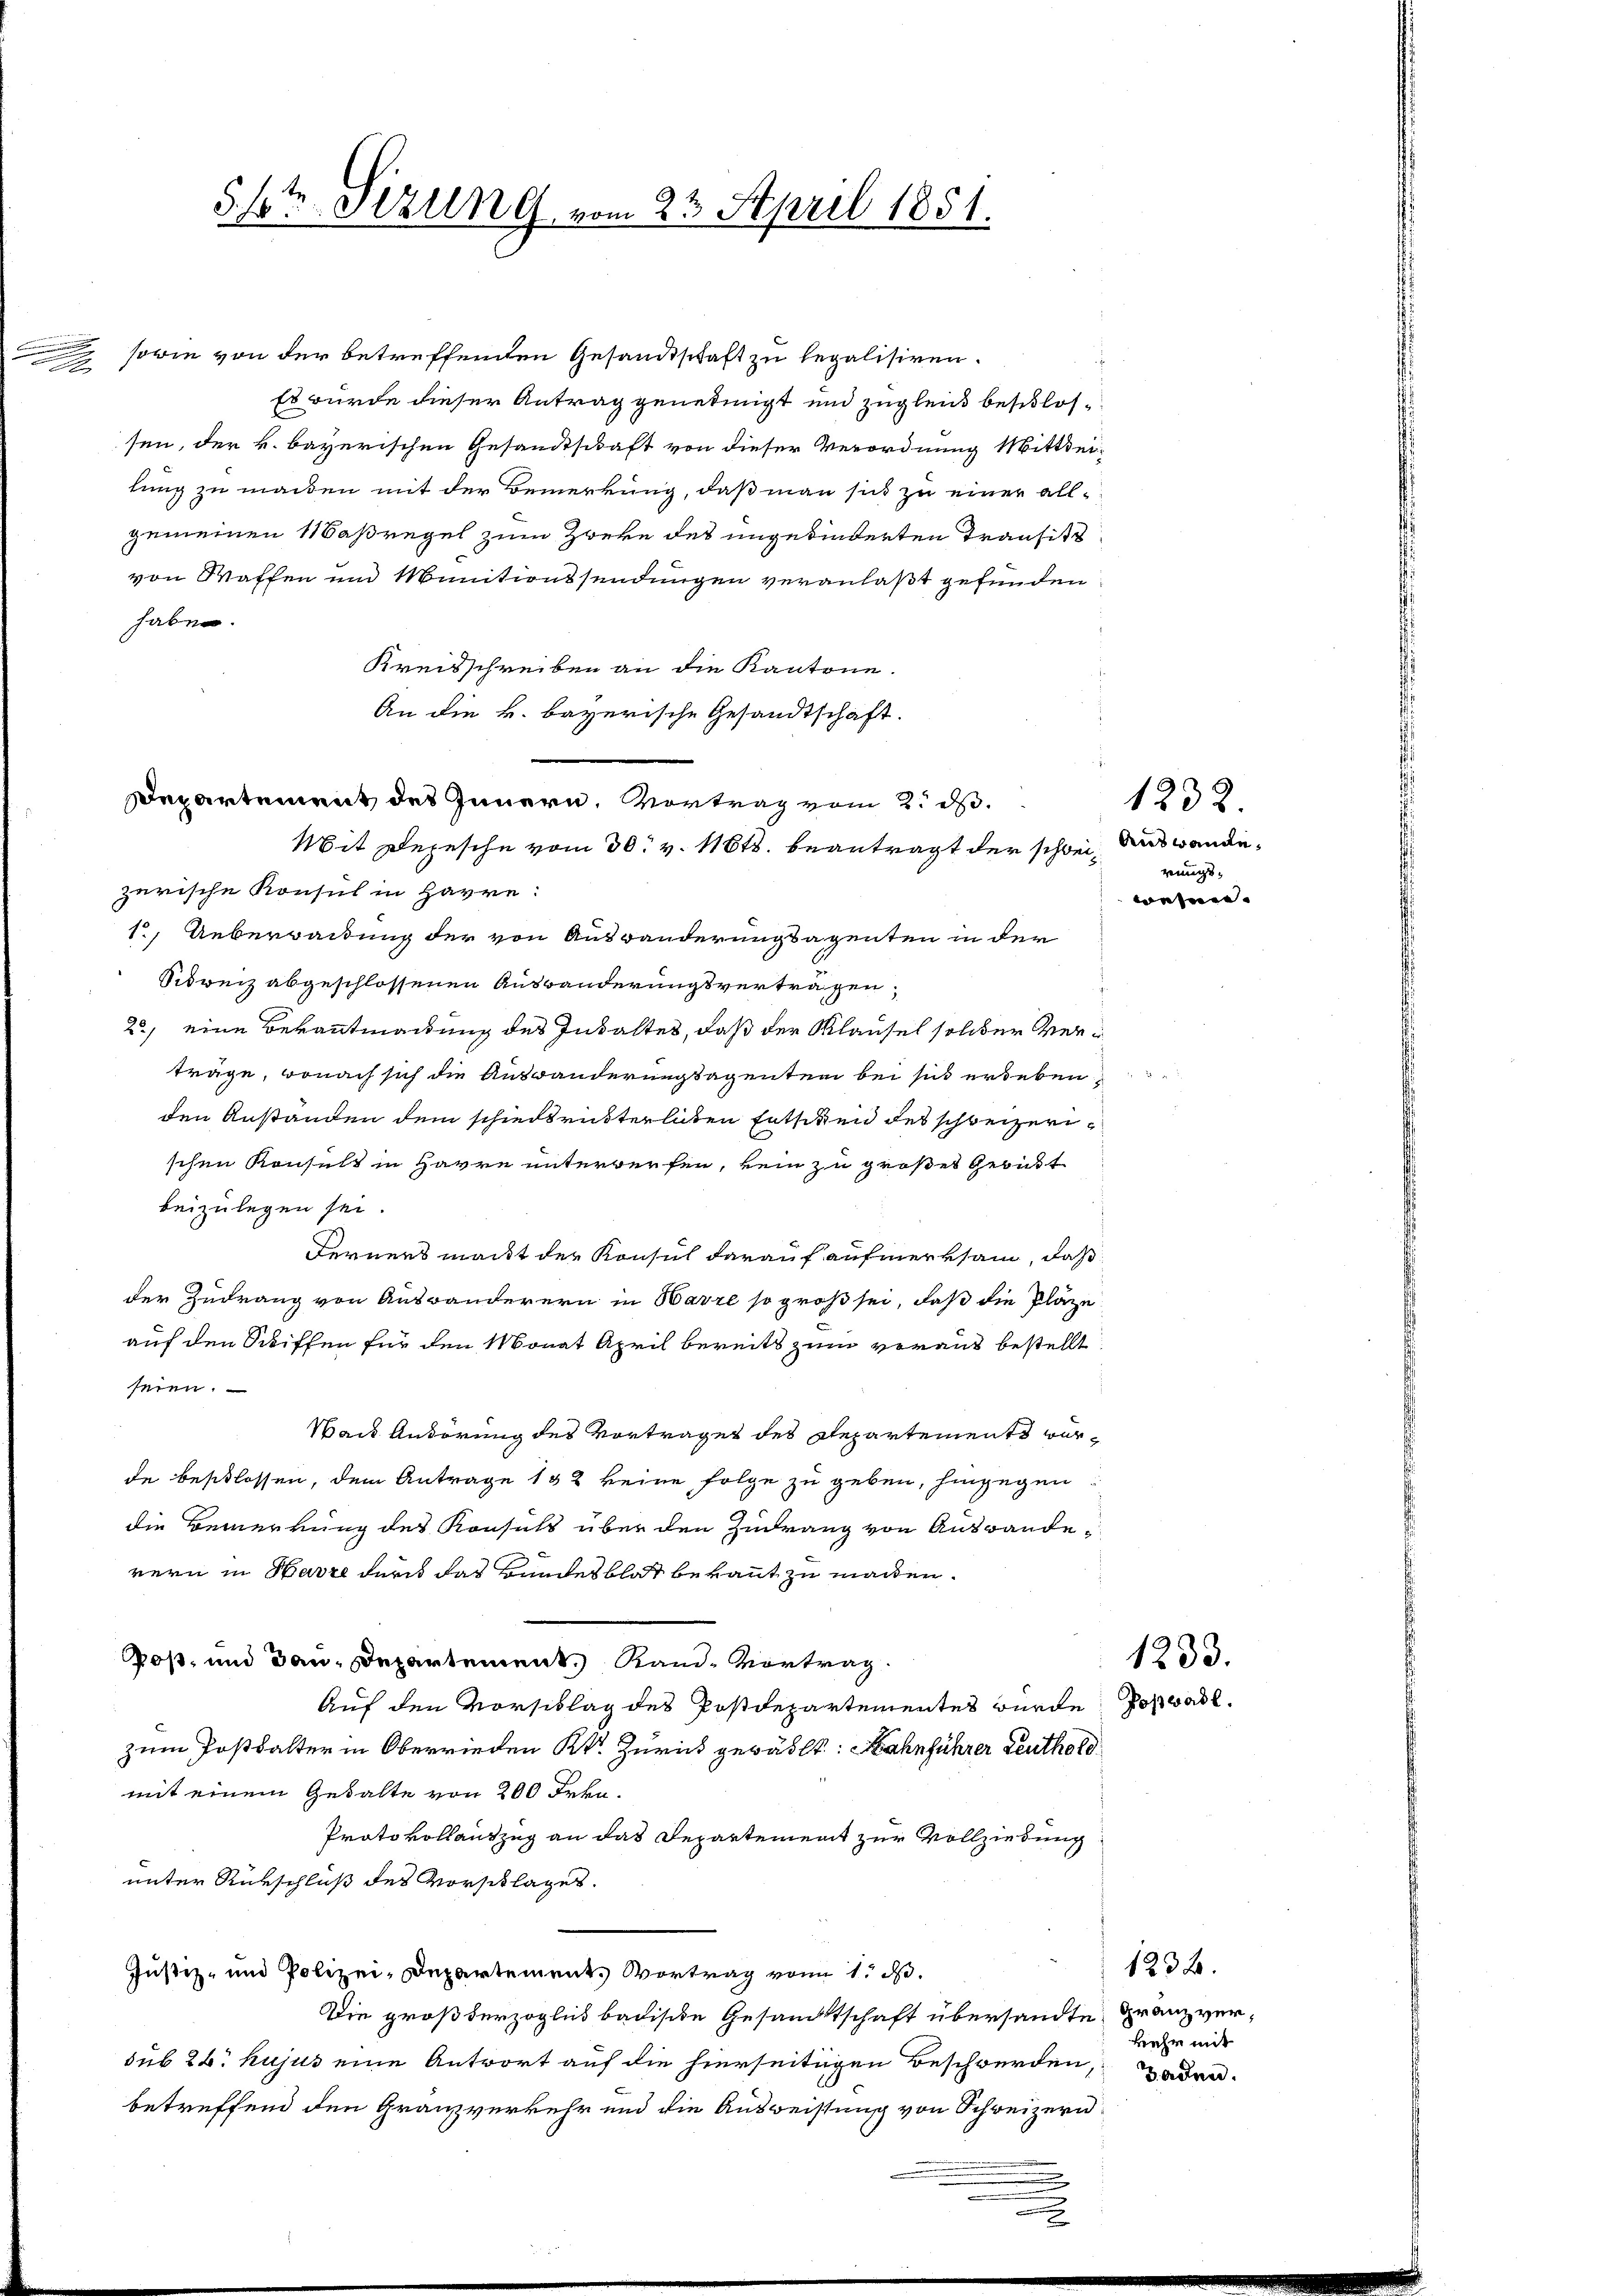
.
x

5./t Sizung vom 23. April 1851.

sowie von der betreffenden Gesandtschaft zu legalisiren.
Es wurde dieser Antrag genehmigt und zugleich beschlossen, der k. bayerischen Gesandtschaft von dieser Verordnung Mitthei-
lung zu machen mit der Bemerkung, daß man sich zu einer allgemeinen Maßregel zum Zweke des ungehinderten Transitt
von Waffen und Munitionssendungen veranlaßt gefunden
haben.
Kreisschreiben an die Kantone.
An die k. bayerische Gesandtschaft.
Departement des Innern, Vortrag vom 2. d.
Mit Depesche vom 30. v. 11648. beantragt der schwei, das wandezerische Konsul in Harre
1, Ueberpackung der von Auswanderungsagenten in der
Schweiz abgeschlossenen Auswanderungsvertragen,
25) eine Bekanntmachung des Inhaltes, daß der Klausel solcher Verträge, wonach sich die Auswanderungsagenten bei sich erleben,
den Anstanden dem schiedsrütterlichen Entschen des schweizerischen Konsuls in Harre unterwerfen, kein zu großer Gerüst
beizulegen sei.
Ferners macht der Konsul darauf aufmerksam, daß
der Zudrang von Auswanderern in Harze so groß sei, daß die Pläze
auf den Schiffen für den Monat April bereits zum voraus bestellt
seien.
Wack Anderung des Vorträget des Repartements würde beschlossen, dem Antrage 132 keine Folge zu geben, hingegen.
die Bemerkung des Konsuls über den Zudrang von Auswanderern in Harze durch das Bundesblat bekannt zu machen.
Poß, und dan Departement Rand- Vortrag
Auf den Vorschlag des Postdepartementes wurde Poswalzum Postkalter in Oberrieden Kt. Zürich gewählt: Nahnführer Leuthold
mit einem Gehalte von 200 Frkn.
Protokollantzug an das Departement zur Vollziehung
unter Rükschluß des Vorschlages.
Justiz- und Polizei-Departement. Vortrag von 1. d.
Die großherzoglich badische Gesandtschaft übersandte Franz versub 28. hujus eine Antwort auf die hierseitigen Beschwerden,
betreffend den Granzverkehr und die Ausweistung von Schreizern

1232
rungswesen.

1233.

1232.
kehr mit
Baden.